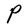
Character: P